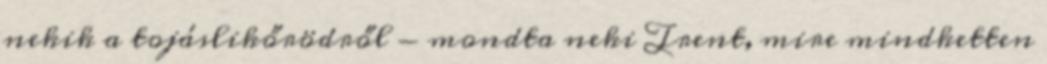
nekik a tojáslikőrödről - mondta neki Trent, mire mindketten